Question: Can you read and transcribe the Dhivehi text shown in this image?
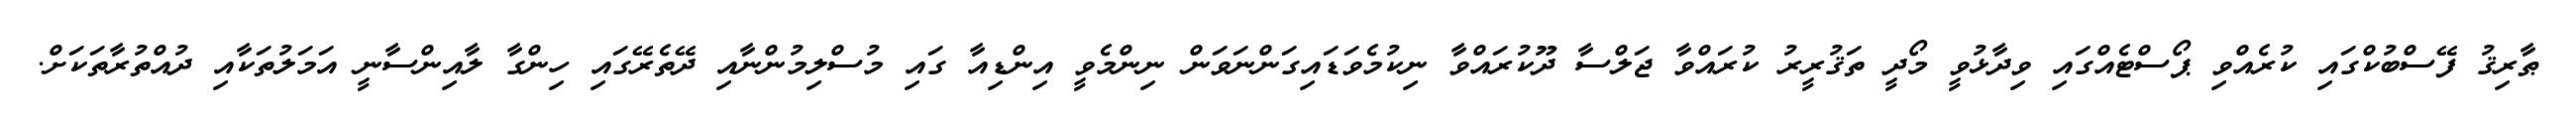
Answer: ޠާރިޤު ފޭސްބުކްގައި ކުރެއްވި ޕޯސްޓެއްގައި ވިދާޅުވީ މޯދީ ތަޤުރީރު ކުރައްވާ ޖަލްސާ ދޫކުރައްވާ ނިކުމެވަޑައިގަންނަވަން ނިންމެވީ އިންޑިއާ ގައި މުސްލިމުންނާއި ދޭތެރޭގައި ހިންގާ ލާއިންސާނީ އަމަލުތަކާއި ދުއްތުރާތަކަށް.